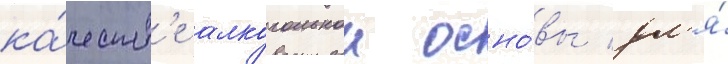
ка́честв'е алкогольнои осно́вы дл'я́